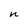
Character: n